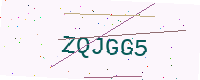
Text: ZQJGG5